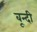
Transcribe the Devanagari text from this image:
बून्‍दी